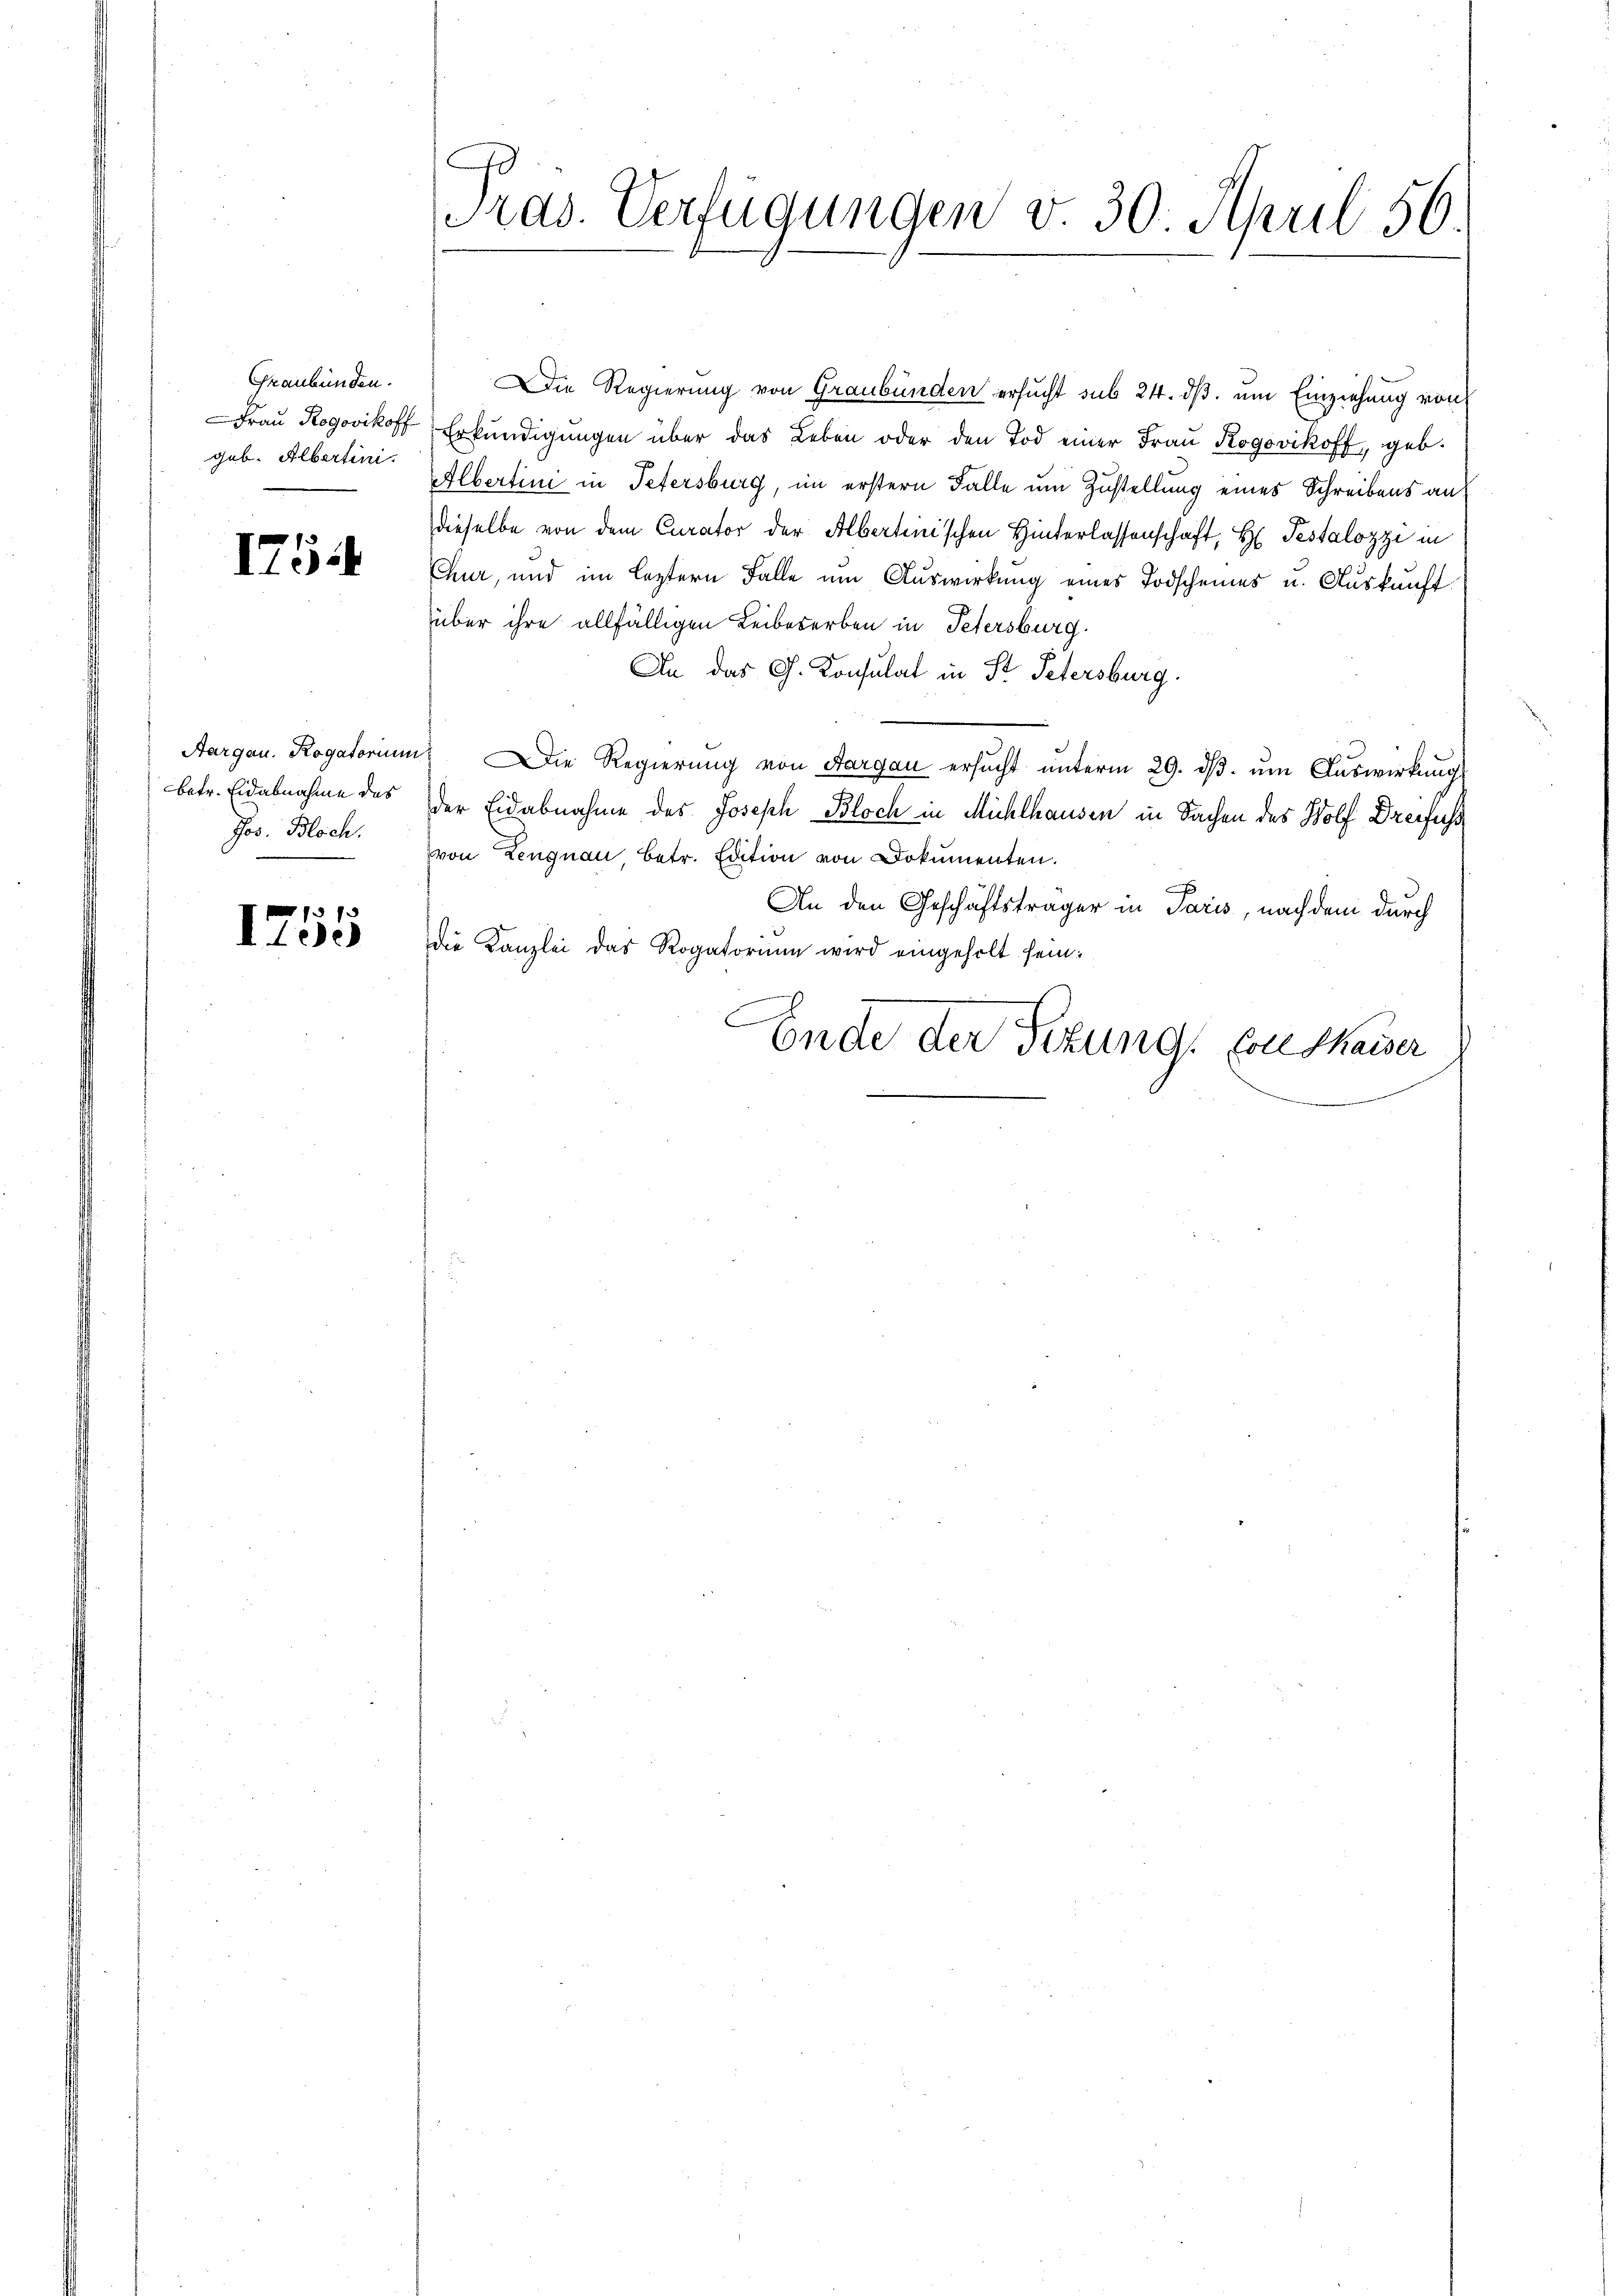
Graubünden.
geb. Albertini.

175

betr. Eidabnahme des
Jos. Bloch.

f
1753

rad. Verfügungen v. 30. April 56.

Die Regierung von Graubünden ersucht sub 24. ds. um Einziehung von
Frau Rogovikoff, Erkundigungen über das Leben oder den Tod einer Frau Rogovikoff, geb.
Albertini in Petersburg, im erstern Falle um Zustellung eines Schreibens an
dieselbe von dem Curator der Alberteiischen Hinterlassenschaft, H. Pestalozzi in
Chur, und im leztern Falle um Auswirkung eines Todscheines u. Auskunft
über ihre allfälligen Leibeserben in Petersburg.
An das G. Konsulat in St. Petersburg.
Aargau. Rogatorium Die Regierŭng von Aargau ersŭcht ŭnterm 29. dβ. ŭm Aŭswirkŭng
der Eidabnahme des Joseph Bloch in Mühlhausen in Sachen des Wolf Dreifuss
von Lengnau, betr. Edition von Dokumenten.
x
An den Geschäftsträger in Paris, nachdem durch
die Kanzlei das Rogatoriŭm wird eingeholt sein:
Ende der Titung, von Kaiser